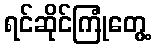
ရင်ဆိုင်ကြုံတွေ့